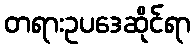
တရားဥပဒေဆိုင်ရာ